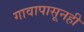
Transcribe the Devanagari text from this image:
गावापासूनही